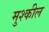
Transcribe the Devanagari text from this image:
मुश्कील